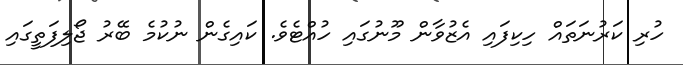
ހުރި ކަރުނަތައް ހިކިފައި އެޒުވާން މޫނުގައި ހުއްޓެވެ. ކައިގެން ނުކުމެ ބޭރު ޖޯލިފަތީގައި